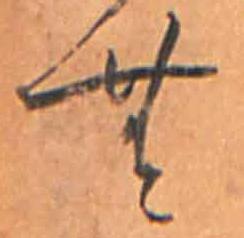
む